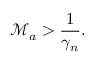
\mathcal { M } _ { a } > \frac { 1 } { \gamma _ { n } } .